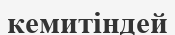
кемитіндей